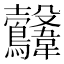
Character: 𩏻